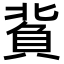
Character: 𧶙